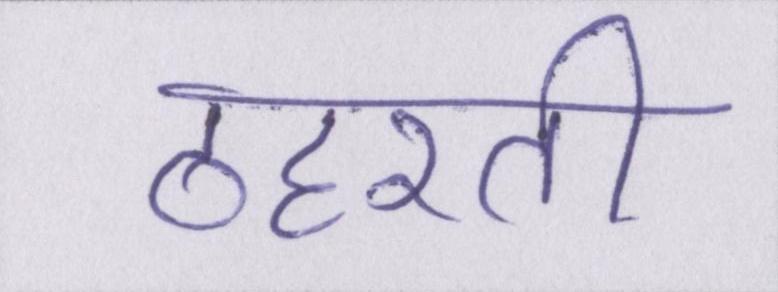
ठहरती